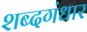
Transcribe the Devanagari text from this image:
शब्दगंधार